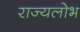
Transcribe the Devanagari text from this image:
राज्यलोभ